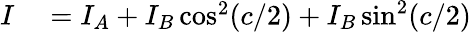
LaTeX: \begin{array}{rl}{I}&{{}=I_{A}+I_{B}\cos^{2}(c/2)+I_{B}\sin^{2}(c/2)}\end{array}